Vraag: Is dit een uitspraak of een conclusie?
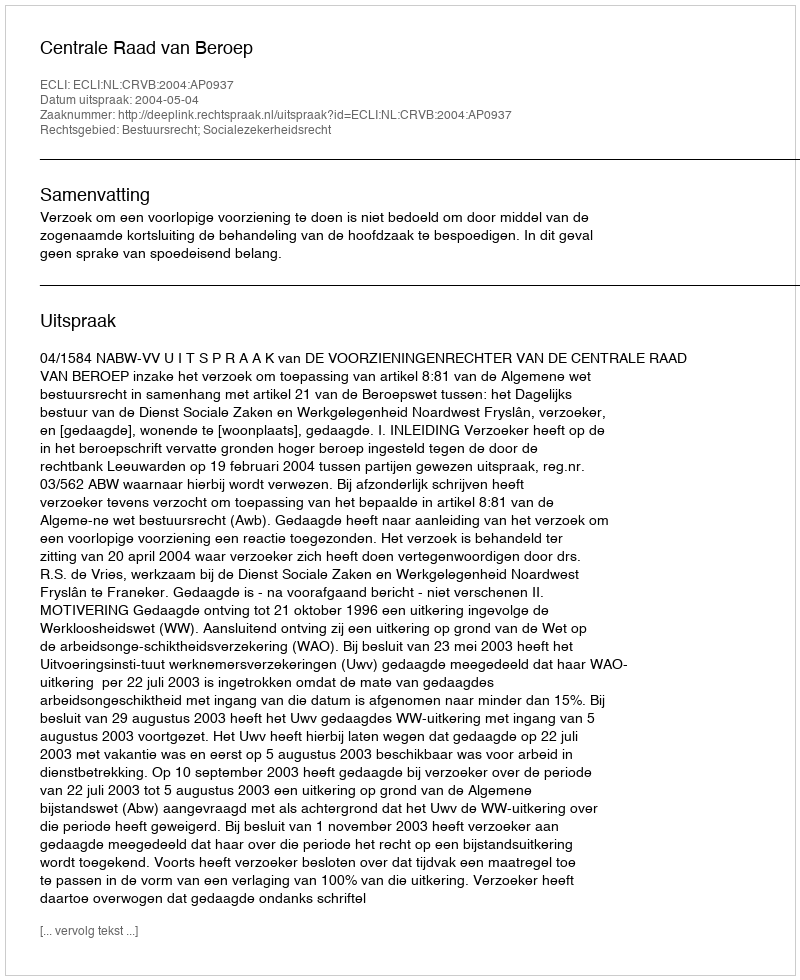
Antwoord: Uitspraak